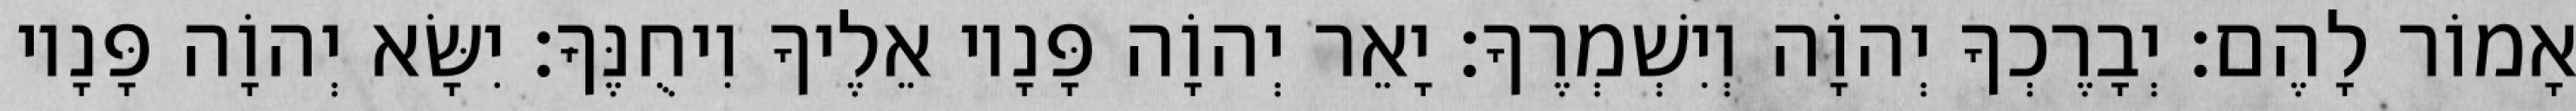
אָמוֹר לָהֶם׃ יְבָרֶכְךָ יְהוָֹה וְיִשְׁמְרֶךָ׃ יָאֵר יְהוָֹה פָּנָיו אֵלֶיךָ וִיחֻנֶּךָּ׃ יִשָּׂא יְהוָֹה פָּנָיו